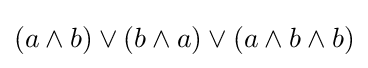
(a\land b)\lor (b\land a)\lor (a\land b\land b)